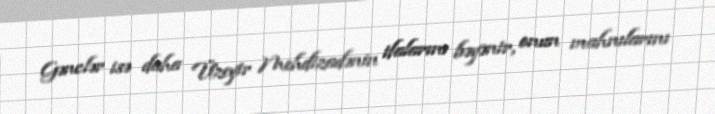
Gənclər isə daha Üzeyir Mehdizadənin ifalarını bəyənir, onun mahnılarını